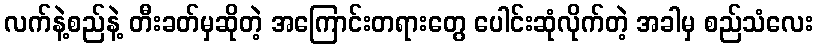
လက်နဲ့စည်နဲ့ တီးခတ်မှဆိုတဲ့ အကြောင်းတရားတွေ ပေါင်းဆုံလိုက်တဲ့ အခါမှ စည်သံလေး